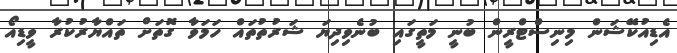
އެޑިއުކޭޝަން މިނިސްޓްރީން ބުނީ މަތީގައި ބުނެވިދިޔަ ޝަރުތުތައް ހަމަވާ ގޮތަށް ތައްޔާރުކުރާ ވީޑިއޯ